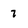
Character: 7